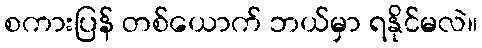
စကားပြန် တစ်ယောက် ဘယ်မှာ ရနိုင်မလဲ။